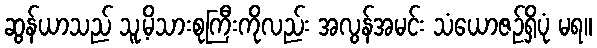
ဆွန်ယာသည် သူ့မိသားစုကြီးကိုလည်း အလွန်အမင်း သံယောဇဉ်ရှိပုံ မရ။